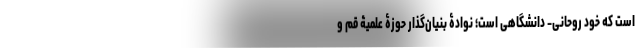
است که خود روحانی- دانشگاهی است؛ نوادۀ بنیان‌گذار حوزۀ علمیۀ قم و